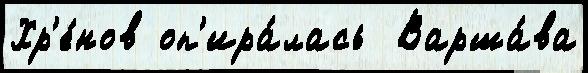
Хр'е́нов оп'ира́лась  Варша́ва